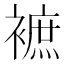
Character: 𧜥